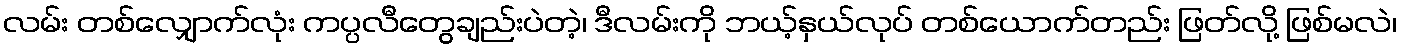
လမ်း တစ်လျှောက်လုံး ကပ္ပလီတွေချည်းပဲတဲ့၊ ဒီလမ်းကို ဘယ့်နှယ်လုပ် တစ်ယောက်တည်း ဖြတ်လို့ ဖြစ်မလဲ၊